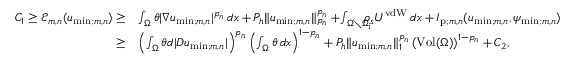
\begin{array} { r l } { C _ { 1 } \geq \mathcal { E } _ { m , n } ( u _ { \mathrm { m i n } ; m , n } ) \geq } & { \int _ { \Omega } \theta | \nabla u _ { \mathrm { m i n } ; m , n } | ^ { p _ { n } } \, d x + P _ { h } \| u _ { \mathrm { m i n } ; m , n } \| _ { p _ { n } } ^ { p _ { n } } + \! \int _ { \Omega \setminus \Omega _ { \mathrm { i } } } \! \! \! \! \! \rho _ { s } U ^ { \mathrm { v d W } } \, d x + I _ { \mathrm { p } ; m , n } ( u _ { \mathrm { m i n } ; m , n } , \psi _ { \mathrm { m i n } ; m , n } ) } \\ { \geq } & { \left( \int _ { \Omega } \theta d | D u _ { \mathrm { m i n } ; m , n } | \right) ^ { p _ { n } } \left( \int _ { \Omega } \theta \, d x \right) ^ { 1 - { p _ { n } } } + P _ { h } \| u _ { \mathrm { m i n } ; m , n } \| _ { 1 } ^ { p _ { n } } \left( \mathrm { V o l } ( \Omega ) \right) ^ { 1 - { p _ { n } } } + C _ { 2 } , } \end{array}